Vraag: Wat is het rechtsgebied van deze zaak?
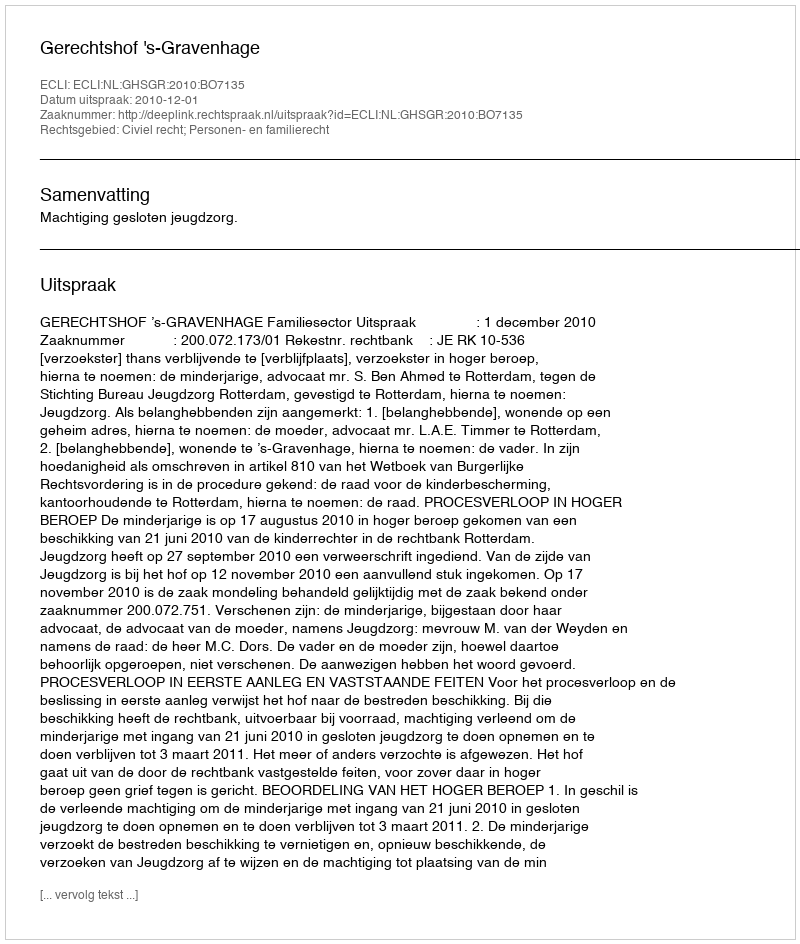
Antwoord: Civiel recht; Personen- en familierecht